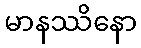
မာနဿိနော